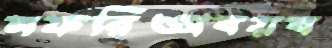
সফরিঅবয়ব